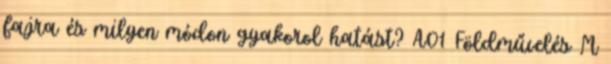
fajra és milyen módon gyakorol hatást? A01 Földművelés M